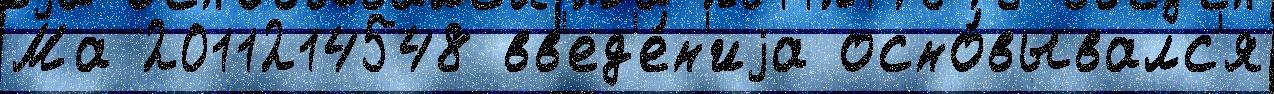
Ма 2011214548 вв'ед'е́н'иjа осно́вывалс'я